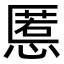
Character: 慝